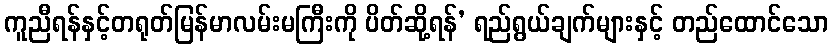
ကူညီရန်နှင့်တရုတ်မြန်မာလမ်းမကြီးကို ပိတ်ဆို့ရန်’ ရည်ရွယ်ချက်များနှင့် တည်ထောင်သော